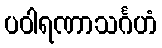
ပဝါရဏာသင်္ဂဟံ